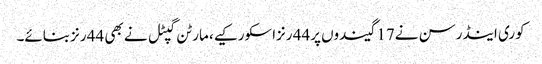
کوری اینڈرسن نے17 گیندوں پر44 رنزاسکورکیے، مارٹن گپٹل نے بھی 44 رنزبنائے۔